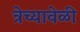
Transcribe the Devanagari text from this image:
त्रेच्यावेळी